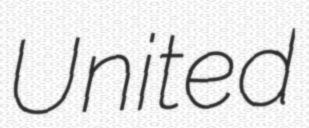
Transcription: United